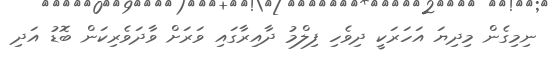
ނިމިގެން މިދިޔަ އަހަރަކީ ދިވެހި ފިލްމު ދާއިރާގައި ވަރަށް ވާދަވެރިކަން ބޮޑު އަދި